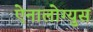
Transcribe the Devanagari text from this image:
ऐनालोग्युस